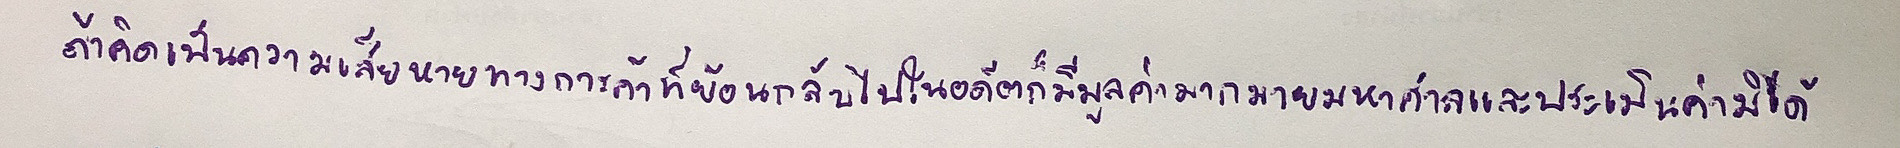
ถ้าคิดเป็นความเสียหายทางการค้าที่ย้อนกลับไปในอดีตก็มีมูลค่ามากมายมหาศาลและประมาณค่ามิได้